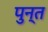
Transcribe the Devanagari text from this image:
पुन्त